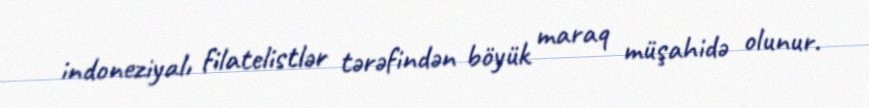
indoneziyalı filatelistlər tərəfindən böyük maraq müşahidə olunur.